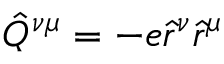
\hat { Q } ^ { \nu \mu } = - e \hat { r } ^ { \nu } \hat { r } ^ { \mu }